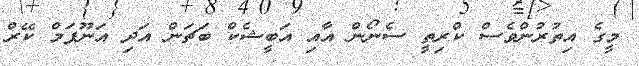
މީގެ އިތުރުންވެސް ކްރިތީ ސެނޯން އާއި އަބީޝެކް ބަޗަން އަދި އަނޫޕަމް ކޭރް